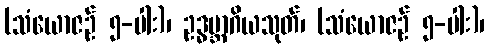
(သံယောဇဉ် ၅-ပါး)၊ ဥဒ္ဓမ္ဘာဂိယသုတ်၊ (သံယောဇဉ် ၅-ပါး)၊